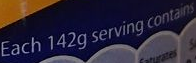
Each 142g serving contains